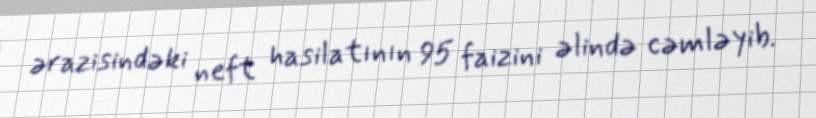
ərazisindəki neft hasilatının 95 faizini əlində cəmləyib.